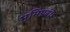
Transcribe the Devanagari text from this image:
भूमिप्रबंध